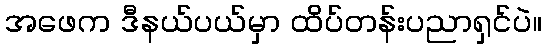
အဖေက ဒီနယ်ပယ်မှာ ထိပ်တန်းပညာရှင်ပဲ။